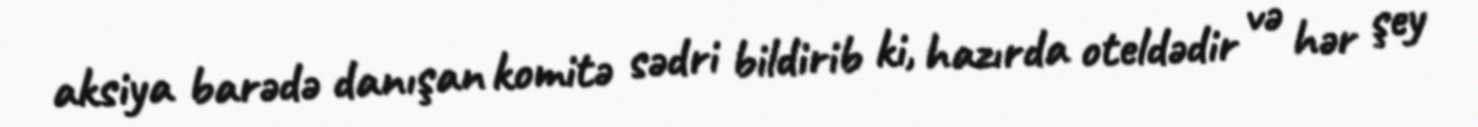
aksiya barədə danışan komitə sədri bildirib ki, hazırda oteldədir və hər şey